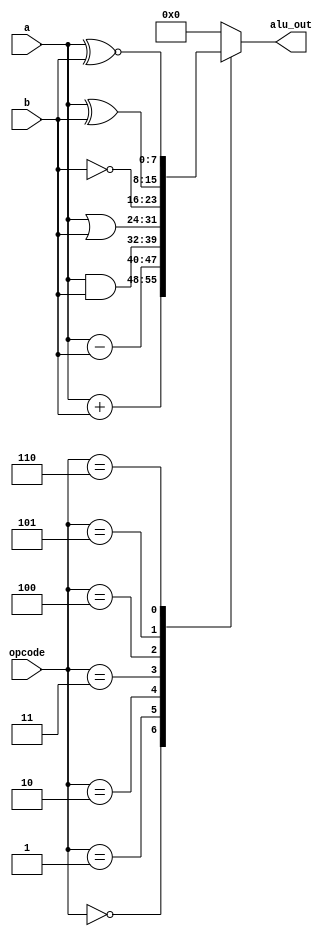
module ALU (
input [7:0]a, b,
input [2:0]opcode,
output reg [7:0]alu_out
);
always @(opcode,a,b)
case(opcode)
3'b000:alu_out = a + b;
3'b001:alu_out = a- b;
3'b010:alu_out = a&b;
3'b011:alu_out = a|b;
3'b100:alu_out = ~b;
3'b101:alu_out = a^b;
3'b110:alu_out = a~^b;
default:alu_out = 0;
endcase
endmodule